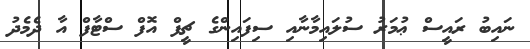
ނައިބު ރައީސް ޢުމަރު ސުލައިމާނާއި ސިފައިންގެ ޗީފް އޮފް ސްޓާފް އާ ދެމެދު